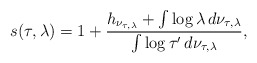
\begin{align*}s ( \tau, \lambda ) = 1 + \frac{h _{ \nu _{\tau, \lambda} } + \int \log \lambda \, d \nu _{\tau , \lambda} }{\int \log \tau ' \, d \nu _{\tau, \lambda}} ,\end{align*}